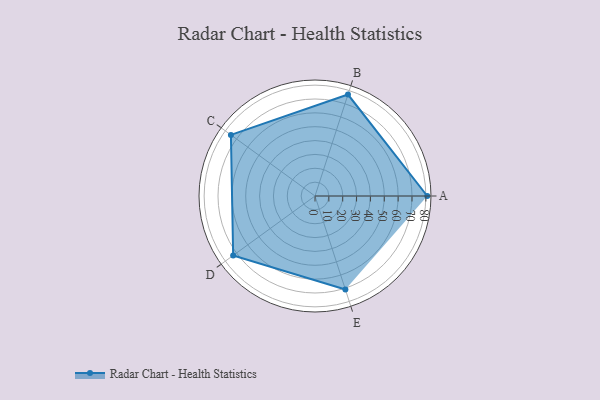
{"axis": {"x": "Skill", "y": "Score"}, "legend": ["Profile"], "data": [{"x": "A", "y": 81.0, "type": "Profile"}, {"x": "B", "y": 77.0, "type": "Profile"}, {"x": "C", "y": 75.0, "type": "Profile"}, {"x": "D", "y": 73.0, "type": "Profile"}, {"x": "E", "y": 71.0, "type": "Profile"}]}